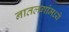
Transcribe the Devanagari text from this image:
नातलगांमध्ये